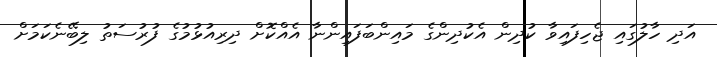
އަދި ހާލުގައި ޖެހިފައިވާ ކުދިން އެކުދިންގެ މައިންބަފައިންނާ އެއްކޮށް ދިރިއުޅުމުގެ ފުރުސަތު ލިބޭނެކަމަށް